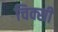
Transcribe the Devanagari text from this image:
चिक्सी